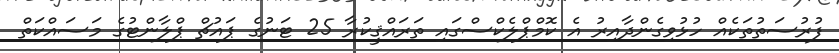
ފުރުސަތުތަކެއް ހުޅުވިގެންދާއިރު އެ ކޮމްޕްލެކްސްގައި ތަރައްޤީކުރާ 25 ޓަނުގެ ޕައުޗް ޕްލާންޓުގެ މަސައްކަތް